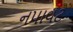
નપાવટ